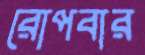
রোপবার